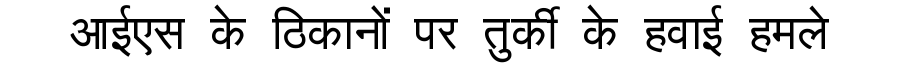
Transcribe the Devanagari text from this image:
आईएस के ठिकानों पर तुर्की के हवाई हमले